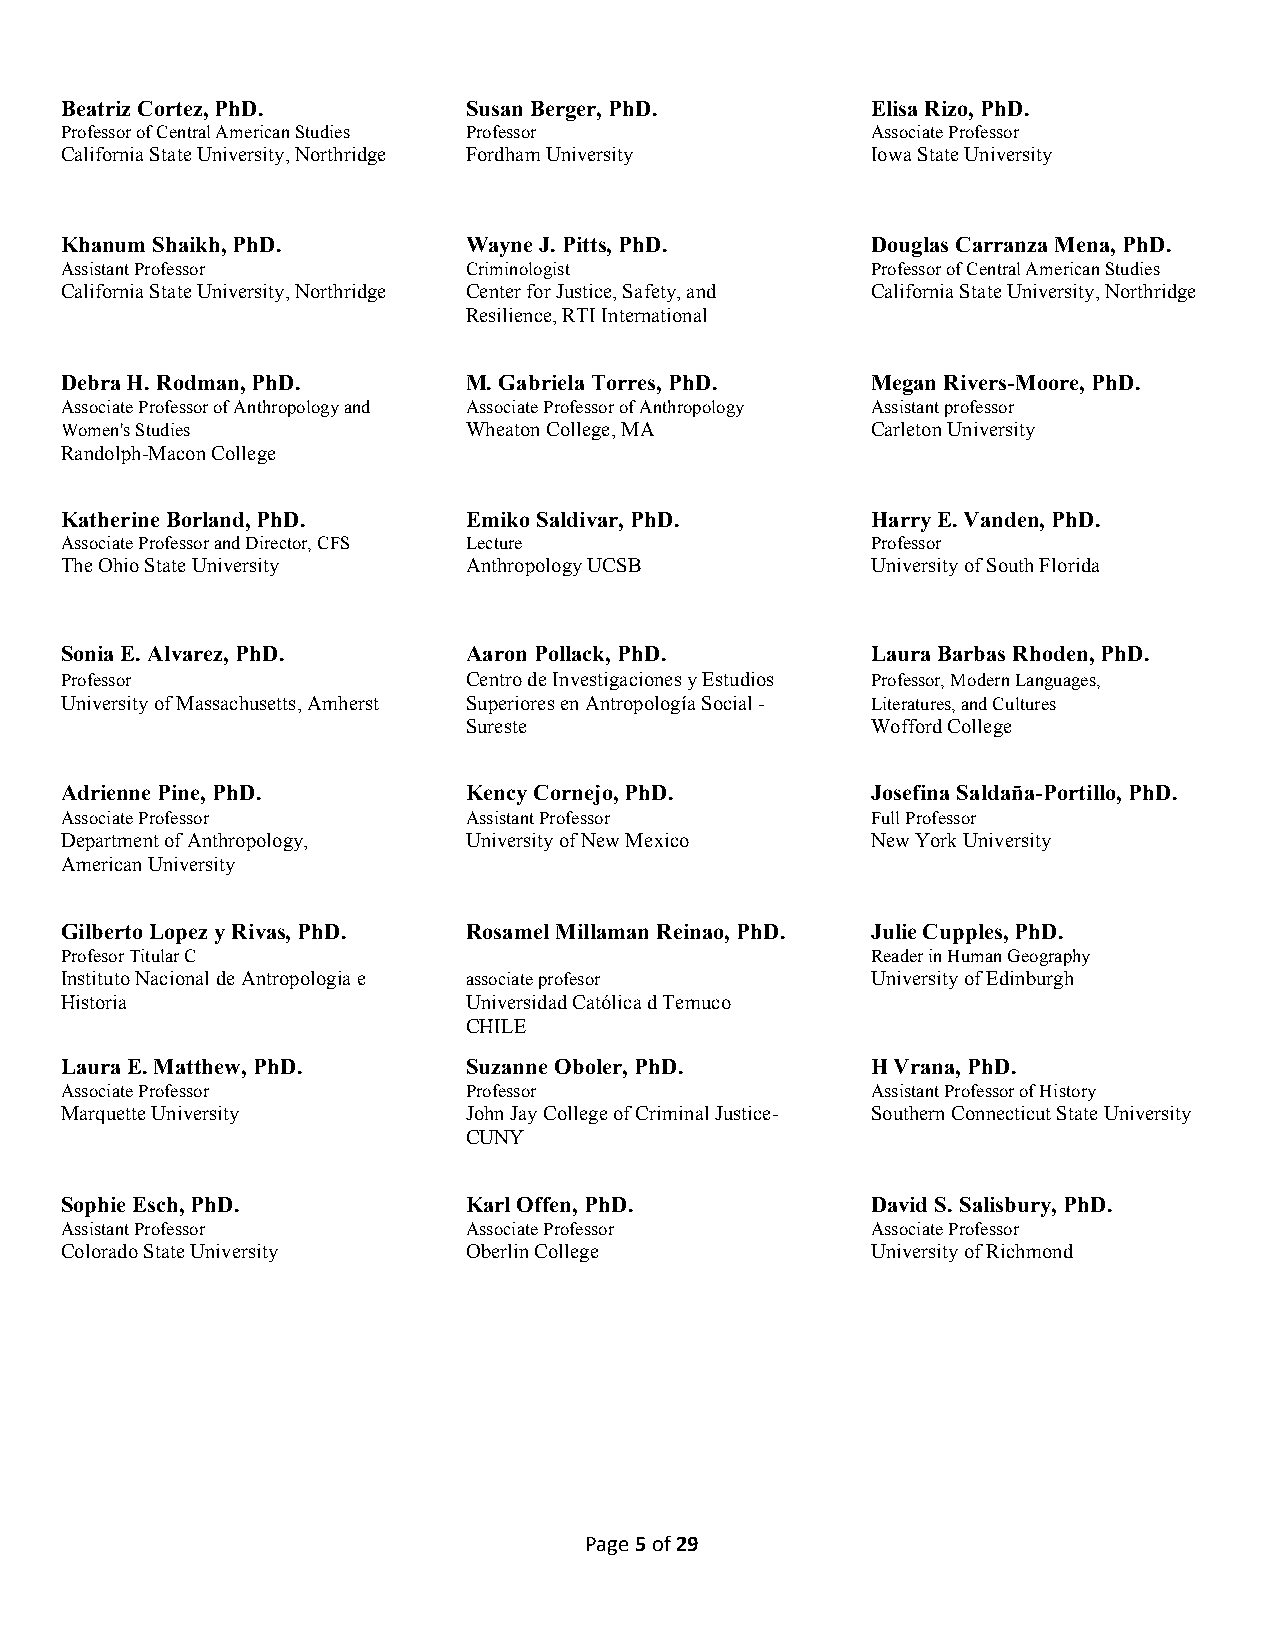
Beatriz Cortez, PhD.       Susan Berger, PhD.         Elisa Rizo, PhD.
 Professor of Central American Studies Professor       Associate Professor
 California State University, Northridge Fordham University Iowa State University
 Khanum Shaikh, PhD.        Wayne J. Pitts, PhD.       Douglas Carranza Mena, PhD.
 Assistant Professor        Criminologist              Professor of Central American Studies
 California State University, Northridge Center for Justice, Safety, and California State University, Northridge
 Resilience, RTI International
 Debra H. Rodman, PhD.      M. Gabriela Torres, PhD.   Megan Rivers-Moore, PhD.
 Associate Professor of Anthropology and Associate Professor of Anthropology Assistant professor
 Women's Studies            Wheaton College, MA        Carleton University
 Randolph-Macon College
 Katherine Borland, PhD.    Emiko Saldivar, PhD.       Harry E. Vanden, PhD.
 Associate Professor and Director, CFS Lecture         Professor
 The Ohio State University  Anthropology UCSB          University of South Florida
 Sonia E. Alvarez, PhD.     Aaron Pollack, PhD.        Laura Barbas Rhoden, PhD.
 Professor                  Centro de Investigaciones y Estudios Professor, Modern Languages,
 University of Massachusetts, Amherst Superiores en Antropología Social - Literatures, and Cultures
 Sureste                    Wofford College
 Adrienne Pine, PhD.        Kency Cornejo, PhD.        Josefina Saldaña-Portillo, PhD.
 Associate Professor        Assistant Professor        Full Professor
 Department of Anthropology, University of New Mexico  New York University
 American University
 Gilberto Lopez y Rivas, PhD. Rosamel Millaman Reinao, PhD. Julie Cupples, PhD.
 Profesor Titular C                                    Reader in Human Geography
 Instituto Nacional de Antropologia e associate profesor University of Edinburgh
 Historia                   Universidad Católica d Temuco
 CHILE
 Laura E. Matthew, PhD.     Suzanne Oboler, PhD.       H Vrana, PhD.
 Associate Professor        Professor                  Assistant Professor of History
 Marquette University       John Jay College of Criminal Justice- Southern Connecticut State University
 CUNY
 Sophie Esch, PhD.          Karl Offen, PhD.           David S. Salisbury, PhD.
 Assistant Professor        Associate Professor        Associate Professor
 Colorado State University  Oberlin College            University of Richmond
 Page 5 of 29